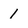
Character: 1